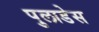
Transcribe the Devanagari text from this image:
पुलाडेस